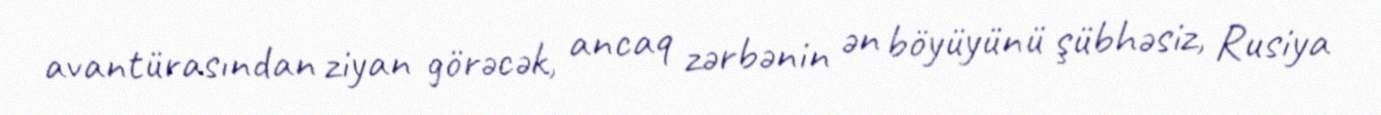
avantürasından ziyan görəcək, ancaq zərbənin ən böyüyünü şübhəsiz, Rusiya